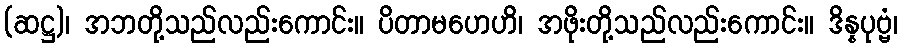
(ဆဋ္ဌ)၊ အဘတို့သည်လည်းကောင်း။ ပိတာမဟေဟိ၊ အဖိုးတို့သည်လည်းကောင်း။ ဒိန္နပုဗ္ဗံ၊